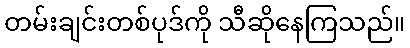
တမ်းချင်းတစ်ပုဒ်ကို သီဆိုနေကြသည်။